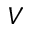
V